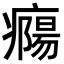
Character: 𤺹